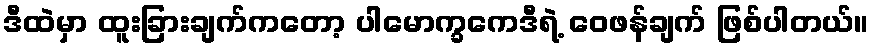
ဒီထဲမှာ ထူးခြားချက်ကတော့ ပါမောက္ခကေဒီရဲ့ ဝေဖန်ချက် ဖြစ်ပါတယ်။